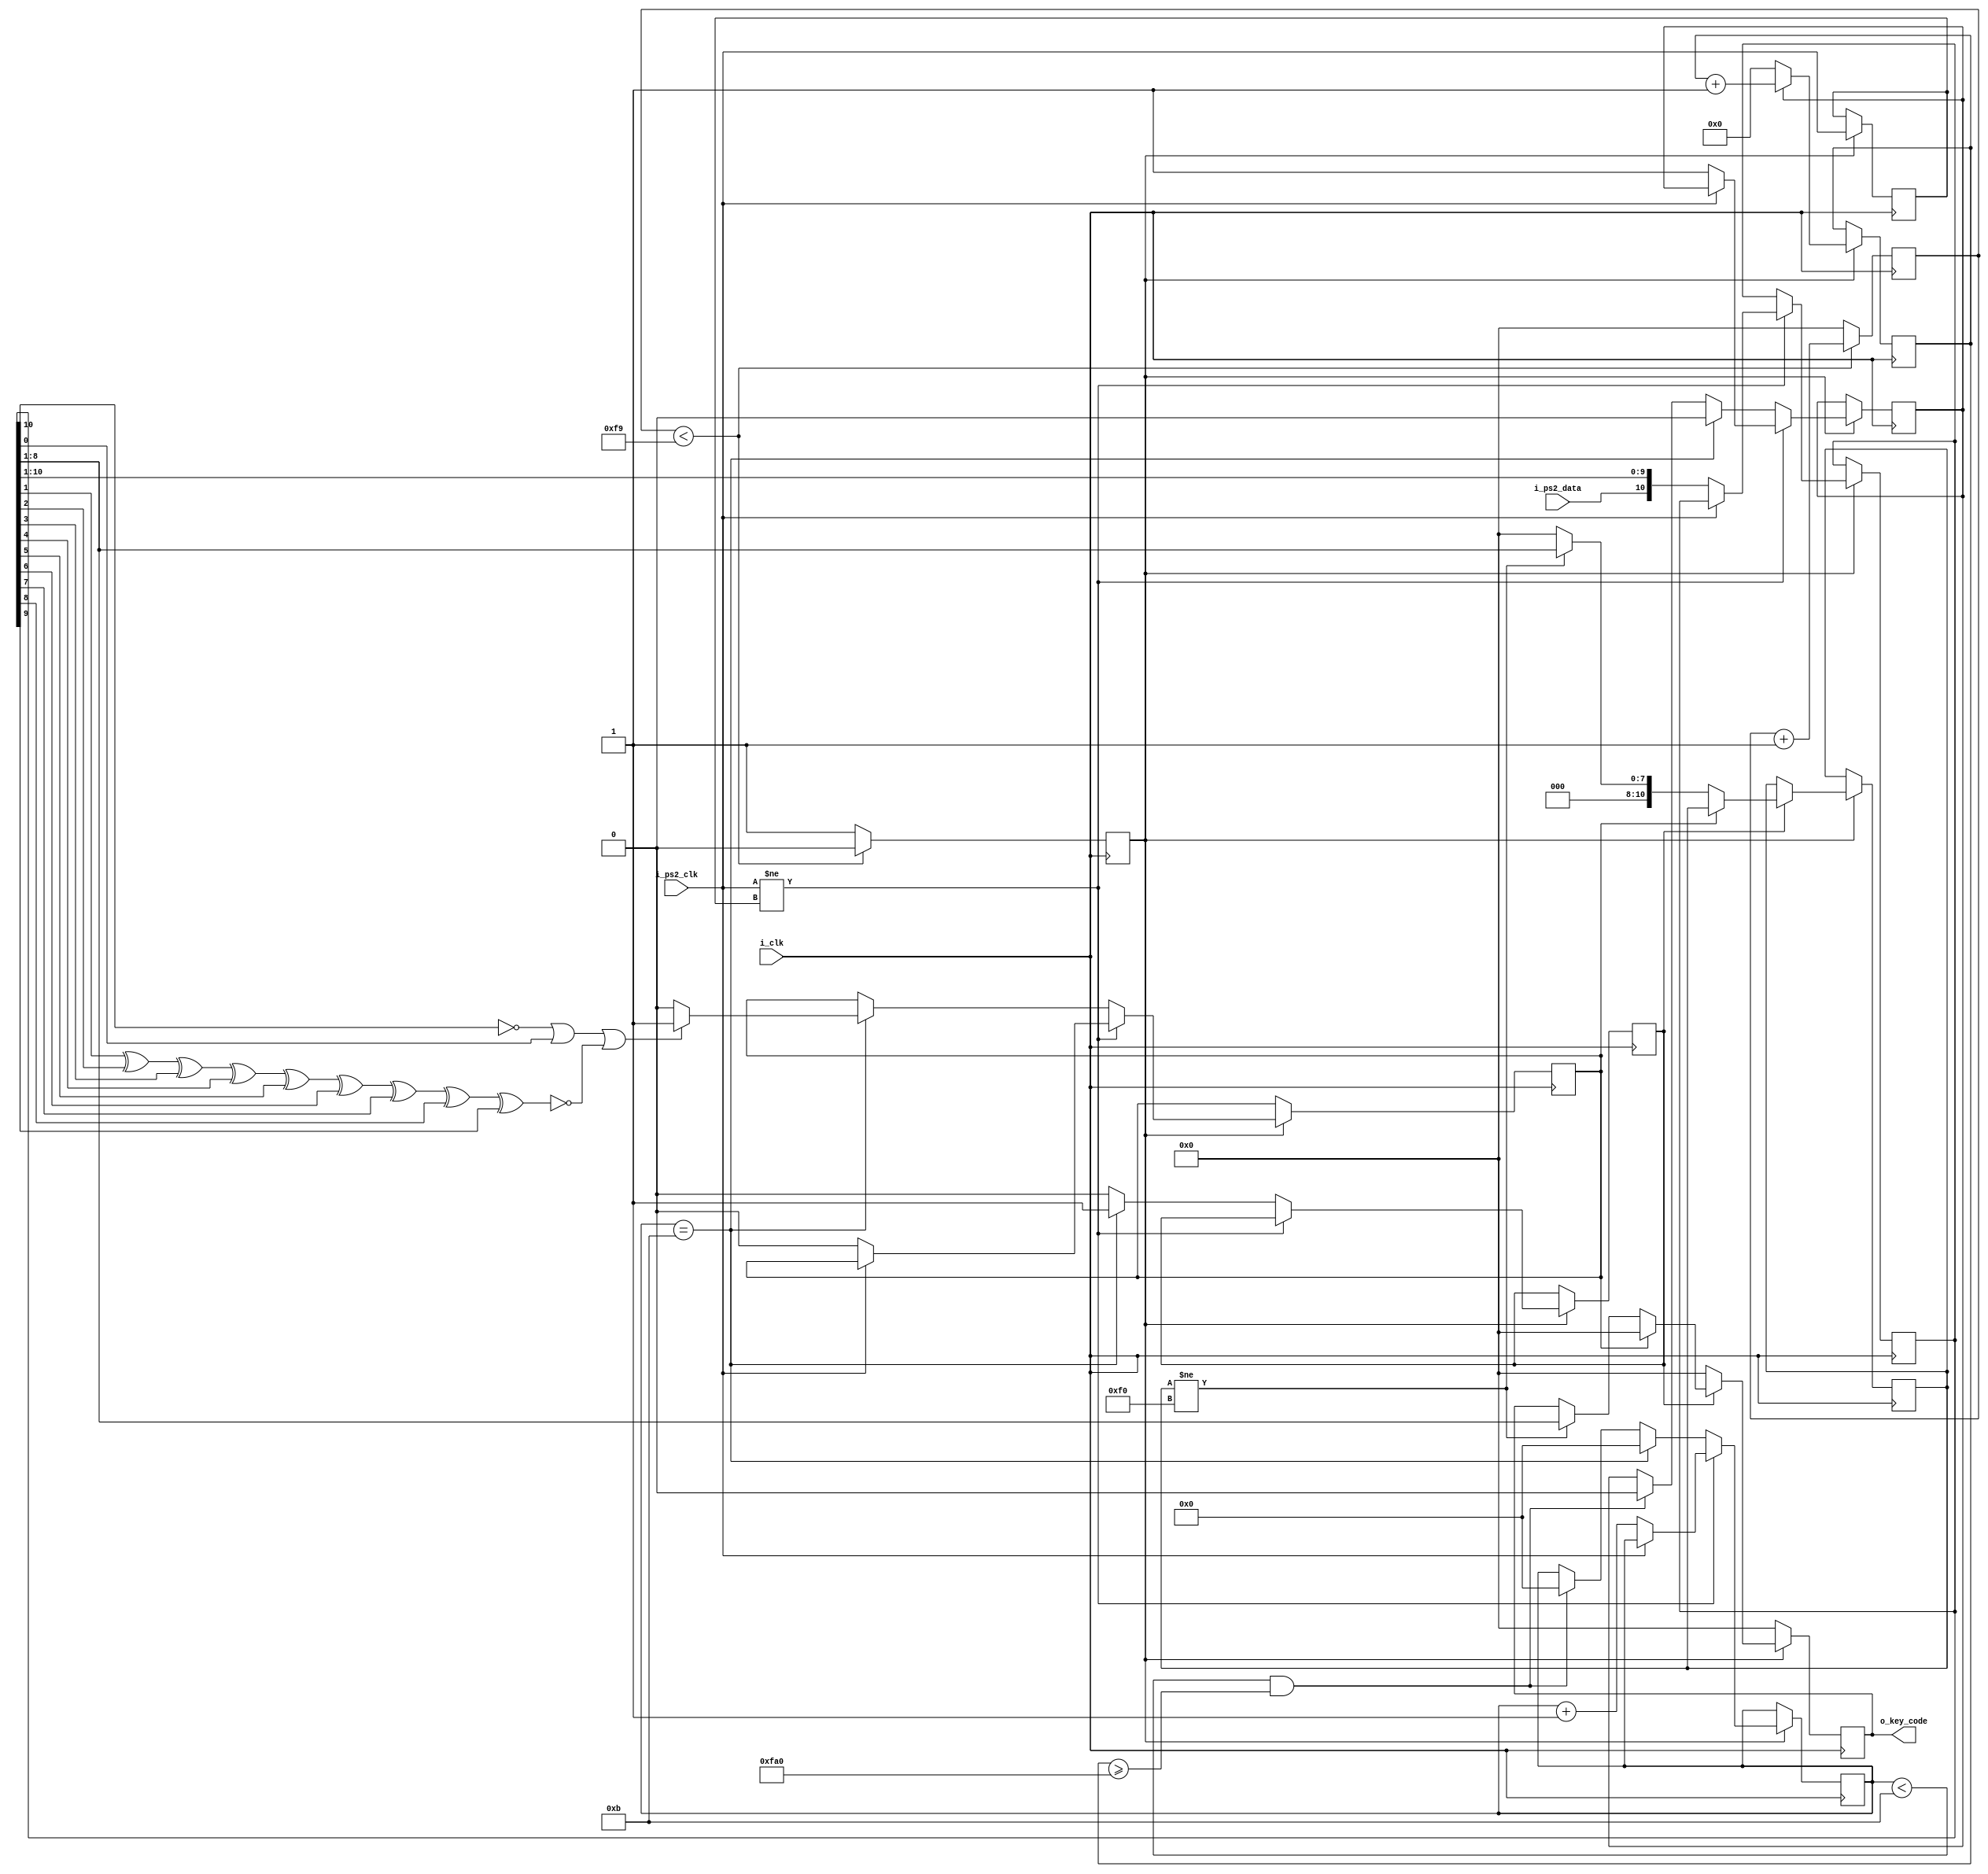
`timescale 1ns / 1ps

module keyboard_controller(
	input i_clk,	  //board clock
    input i_ps2_clk,  //keyboard clock and data signals
    input i_ps2_data,
	output reg [7:0] o_key_code
   );

	reg reading_bits_from_keyboard;	   // keeps the value 1 while waiting to receive more bits 
	reg [11:0] reading_state_timeout;  // tracks how much time passed since it received the previous key code
	reg previous_state;		           // checks the previous state of the keyboard clock signal to know if it changed
	reg error;			               // checks if an error was received in the packet
	reg [10:0] received_bit;           // stores the 11 received bits
	reg [3:0]  received_bits_count;    // tracks how many bits were received until now (from 0 to 11) used for timeout
	reg received_bits_full;	           // this is triggered when full 11 bits are received used 
	reg [10:0] last_key_code;          // stores the previously receiver key code
	
	parameter [7:0] RELEASED = 8'hF0;  // break code sent by keyboard when key is released

    reg keyboard_clock = 0;	   // generates a clock that runs 250 times slower than the board clock
	reg [7:0] counter = 0;
	
	always @(posedge i_clk) 
	    begin				
		if (counter < 249) 
		begin			
			counter <= counter + 1;
			keyboard_clock <= 0;
		end
		else 
		begin
			counter <= 0;
			keyboard_clock <= 1;
		end
	end
	
	always @(posedge i_clk) 
	begin	
		if (keyboard_clock) 
		begin
			if (reading_bits_from_keyboard)
				reading_state_timeout <= reading_state_timeout + 1;	
			else 						
				reading_state_timeout <= 0;  // resets the data if 11 bits haven't been received reading_state_timeout >= 4000
		end
	end


	always @(posedge i_clk) 
	begin		
	if (keyboard_clock) 
	begin						
		if (i_ps2_clk != previous_state) 
		begin	                            
			if (!i_ps2_clk) // checks if the keyboard clock is at falling edge
			begin				
				reading_bits_from_keyboard <= 1;				
				error <= 0;				
				received_bit[10:0] <= {i_ps2_data, received_bit[10:1]};  // add up the data received by shifting bits and adding one new bit
				received_bits_count <= received_bits_count + 1;			
			end
		end
		else if (received_bits_count == 11) 
		begin
			received_bits_count <= 0;
			reading_bits_from_keyboard <= 0;
			received_bits_full <= 1;
			//calculate error using parity bit
			if (!received_bit[10] || received_bit[0] || !(received_bit[1]^received_bit[2]^received_bit[3]^received_bit[4]
				^received_bit[5]^received_bit[6]^received_bit[7]^received_bit[8]^received_bit[9]))
				error <= 1;
			else 
				error <= 0;
		end	
		else  
		begin  // resets the data if 11 bits haven't been received reading_state_timeout >= 4000
			received_bits_full <= 0;					
			if (received_bits_count < 11 && reading_state_timeout >= 4000) 
			begin
				received_bits_count <= 0;
				reading_bits_from_keyboard <= 0;
			end
		end
	previous_state <= i_ps2_clk; // marks down the previous state of the keyboard clock
	end
	end


	always @(posedge i_clk) 
	begin
		if (keyboard_clock) 
		begin					
			if (received_bits_full) 
			begin				// if a full packet of 11 bits was received
				if (error) 
				begin
					o_key_code <= 8'd0;		
				end
				else 
				begin
				    if (last_key_code != RELEASED) 
				    begin
					o_key_code <= received_bit[8:1];	
					last_key_code<= received_bit[8:1];
					end
					else 
					begin
					last_key_code <= 8'd0;
					end
				end				
			end					
			else o_key_code <= 8'd0;				// not a full packet received
		end
		else o_key_code <= 8'd0;
	end
	
endmodule